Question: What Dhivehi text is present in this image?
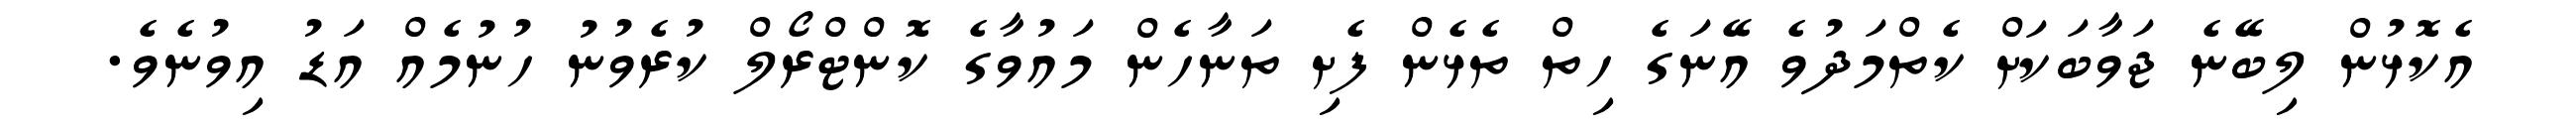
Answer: އެކޮޅުން ލިބޭނެ ޖަވާބަކަށް ކެތްމަދުވެ އޭނަގެ ހިތް ތެޅެން ފެށި ތަނާހެން މައުވާގެ ކޮންޓްރޯލް ކުރެވުނު ހުނުމެއް އަޑު އިވުނެވެ.